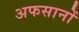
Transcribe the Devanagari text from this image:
अफसानों